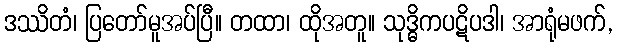
ဒဿိတံ၊ ပြတော်မူအပ်ပြီ။ တထာ၊ ထိုအတူ။ သုဒ္ဓိကပဋိပဒါ၊ အာရုံမဖက်,